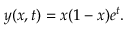
y ( x , t ) = x ( 1 - x ) e ^ { t } .